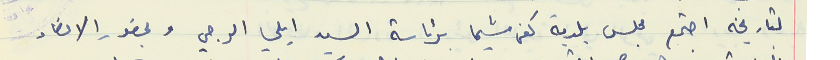
لتاريخه اجتمع مجلس بلدية كفرشيما برئاسة السيد ايلي الرجي وبحضور الاعضاء